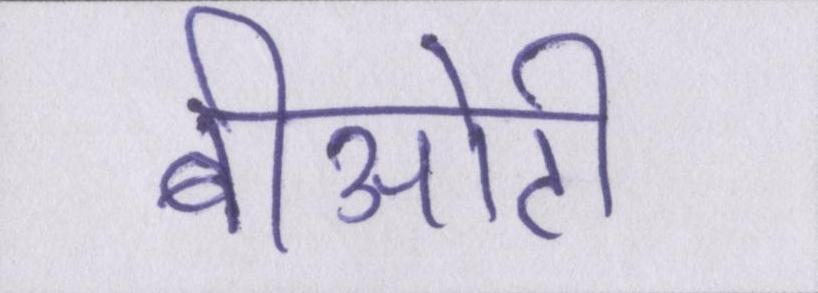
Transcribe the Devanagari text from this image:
बीओटी